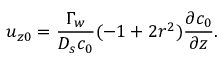
u _ { z 0 } = \frac { \Gamma _ { w } } { D _ { s } c _ { 0 } } ( - 1 + 2 r ^ { 2 } ) \frac { \partial c _ { 0 } } { \partial z } .